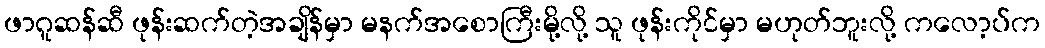
ဖာဂူဆန်ဆီ ဖုန်းဆက်တဲ့အချိန်မှာ မနက်အစောကြီးမို့လို့ သူ ဖုန်းကိုင်မှာ မဟုတ်ဘူးလို့ ကလော့ပ်က